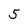
Character: 5